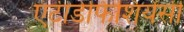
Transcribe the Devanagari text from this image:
एंटीडेफिशियेंसी